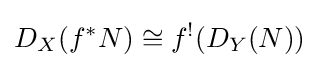
D_{X}(f^{*}N)\cong f^{!}(D_{Y}(N))